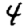
Digit: 4